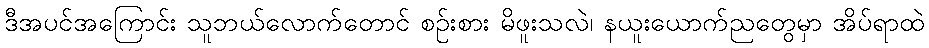
ဒီအပင်အကြောင်း သူဘယ်လောက်တောင် စဉ်းစား မိဖူးသလဲ၊ နယူးယောက်ညတွေမှာ အိပ်ရာထဲ